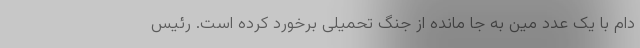
دام با یک عدد مین به جا مانده از جنگ تحمیلی برخورد کرده است. رئیس